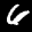
Label: 6